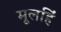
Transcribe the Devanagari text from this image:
मूलहिं